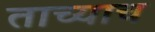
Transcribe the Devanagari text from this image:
ताच्याच